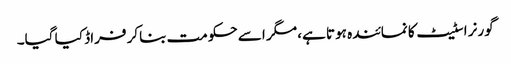
گورنر اسٹیٹ کا نمائندہ ہوتا ہے، مگر اسے حکومت بناکر فراڈ کیا گیا۔